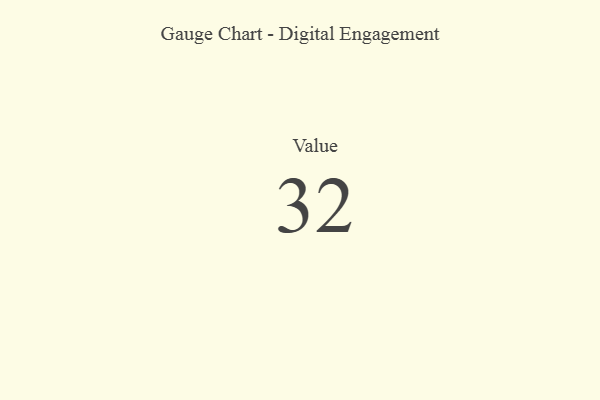
{"axis": {"x": "Metric", "y": "Value"}, "legend": [""], "data": [{"x": "Value", "y": 32, "type": ""}]}